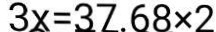
3 x = 3 7 . 6 8 \times 2